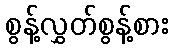
စွန့်လွှတ်စွန့်စား